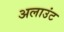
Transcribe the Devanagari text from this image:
अलाउंट